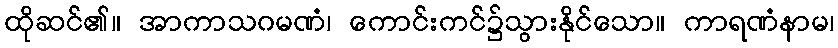
ထိုဆင်၏။ အာကာသဂမဏံ၊ ကောင်းကင်၌သွားနိုင်သော။ ကာရဏံနာမ၊